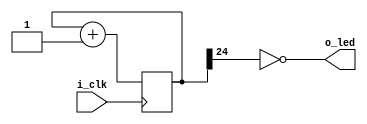
module counter(input i_clk, output o_led);

    //the counter of 32 bits needs 4.294.967.295 cycles to reset
    //the clock goes to 27.000.000 cycles/second
    //the first bit position changes every 27M / 2
    //the second changes every 27M / 4
    //the n position changes every 27M / 2^n
    
    reg[31:0] counter = 0;

    assign o_led = ~led;
    assign led = counter [24]; //every 27M/2^24 = 1,6 seconds changes

    //in every uprising clock summ 1 to the counter
    always @(posedge i_clk)
        counter <= counter + 1;

endmodule